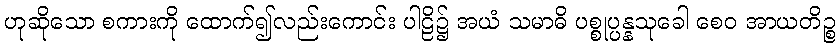
ဟုဆိုသော စကားကို ထောက်၍လည်းကောင်း ပါဠိ၌ အယံ သမာဓိ ပစ္စုပ္ပန္နသုခေါ စေဝ အာယတိဉ္စ